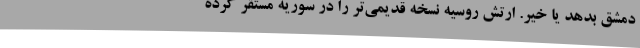
دمشق بدهد یا خیر. ارتش روسیه نسخه قدیمی‌تر را در سوریه مستقر کرده